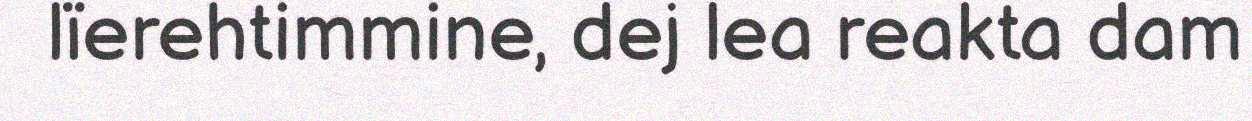
lïerehtimmine, dej lea reakta dam